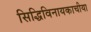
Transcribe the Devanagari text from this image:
सिद्धिविनायकाचीया